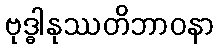
ဗုဒ္ဓါနုဿတိဘာဝနာ